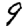
Digit: 9